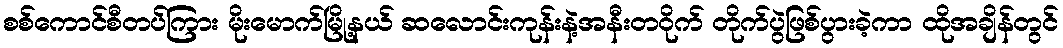
စစ်ကောင်စီတပ်ကြား မိုးမောက်မြို့နယ် ဆလောင်းကုန်းနဲ့အနီးတဝိုက် တိုက်ပွဲဖြစ်ပွားခဲ့ကာ ထိုအချိန်တွင်